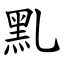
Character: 䵝